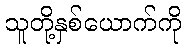
သူတို့နှစ်ယောက်ကို